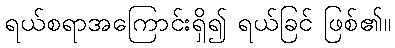
ရယ်စရာအကြောင်းရှိ၍ ရယ်ခြင် ဖြစ်၏။